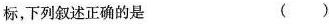
标，下列叙述正确的是 ( )